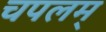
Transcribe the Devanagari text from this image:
चपलम्